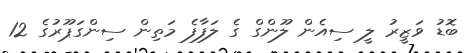
ބޮޑު ވަޒީރު ލީ ސިއެން ލޫންގް ގެ ލަފާފެ މަތިން ސިންގަޕޫރުގެ 12